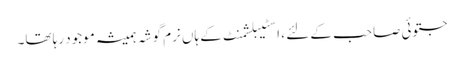
جتوئی صاحب کے لئے ، اسٹیبلشمنٹ کے ہاں نرم گوشہ ہمیشہ موجود رہا تھا۔